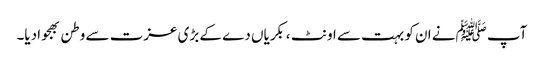
آپ ﷺنے ان کو بہت سے اونٹ ،بکریاں دے کے بڑی عزت سے وطن بھجوادیا۔